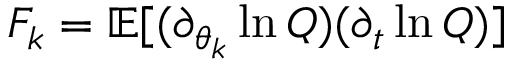
F _ { k } = \mathbb { E } [ ( \partial _ { \theta _ { k } } \ln Q ) ( \partial _ { t } \ln Q ) ]